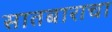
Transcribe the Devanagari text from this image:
सातबाराचा